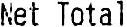
NET TOTAL